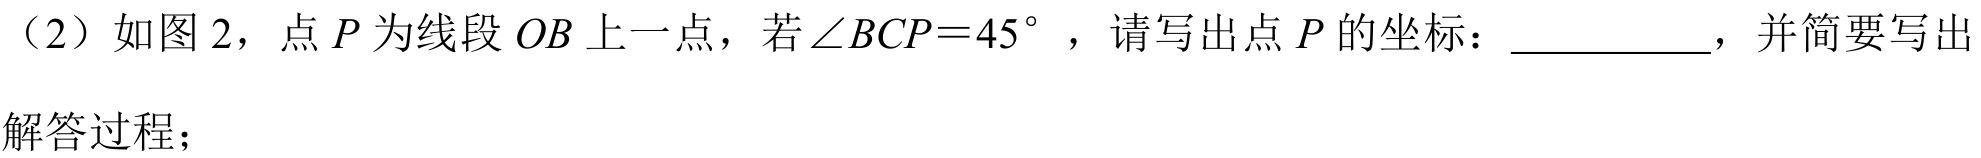
（2）如图 2，点\(P\)为线段\(OB\)上一点，若\(\angle BCP = 45^{\circ}\)，请写出点\(P\)的坐标：__________，并简要写出解答过程；